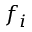
f _ { i }